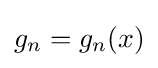
g_{n}=g_{n}(x)